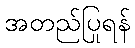
အတည်ပြုရန်